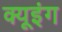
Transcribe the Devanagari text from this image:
क्यूइंग